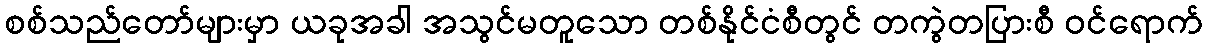
စစ်သည်တော်များမှာ ယခုအခါ အသွင်မတူသော တစ်နိုင်ငံစီတွင် တကွဲတပြားစီ ဝင်ရောက်